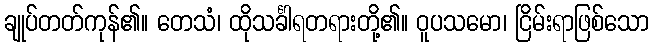
ချုပ်တတ်ကုန်၏။ တေသံ၊ ထိုသင်္ခါရတရားတို့၏။ ဝူပသမော၊ ငြိမ်းရာဖြစ်သော